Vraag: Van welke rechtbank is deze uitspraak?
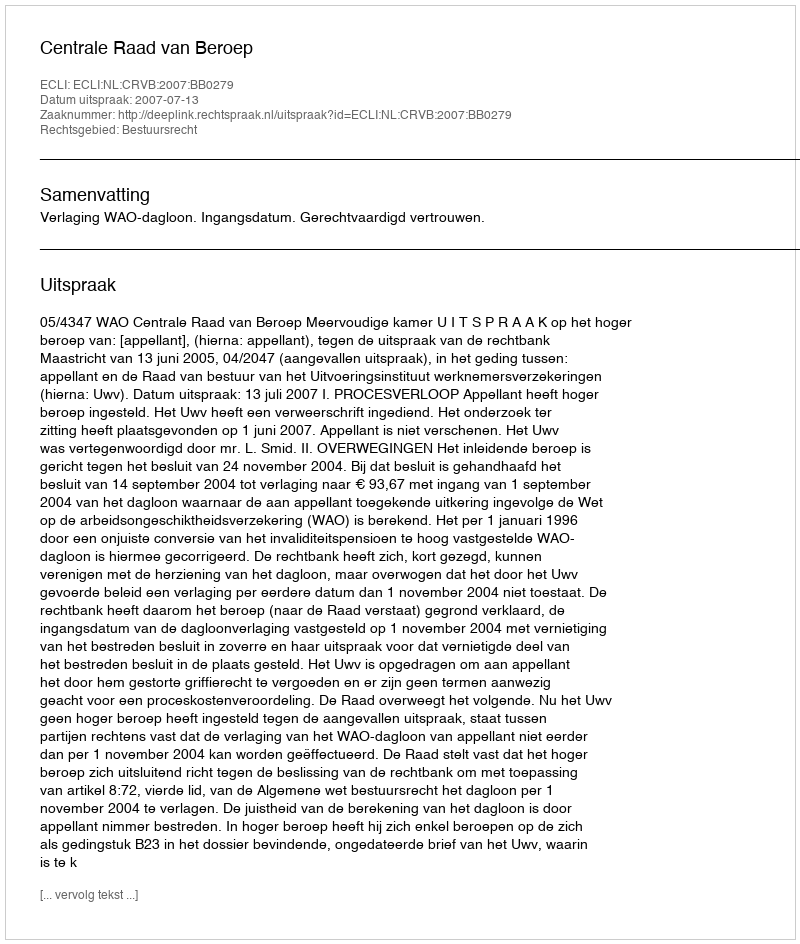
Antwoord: Centrale Raad van Beroep